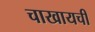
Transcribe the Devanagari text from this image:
चाखायची